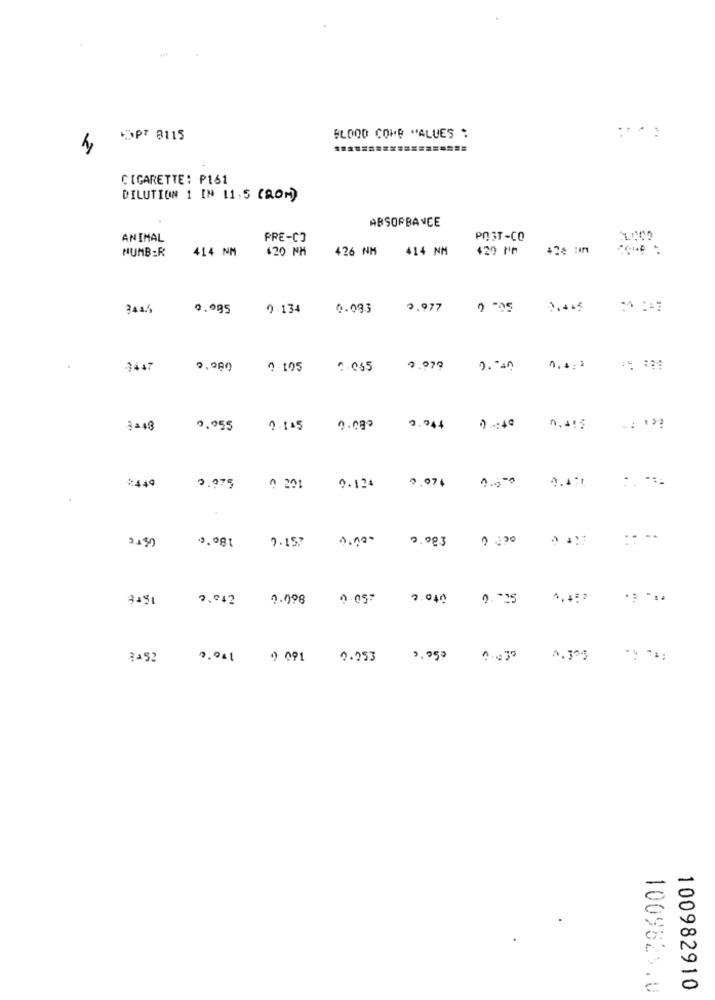
KOPF 8115
BLOOD COMP VALUES :
... :
======
CIGARETTE: P161
DILUTION 1 IN 11,5 (ROM)
ABSORBANCE
ANIMAL
PRE-CO
POST-CO
NUMBER
414 NM
$20 NM
426 NM
414 NM
420 In
0.995
2.134
0.093
2.977
0 05
2.445
3447
0 105
6.055
0.979
0. 10
₿=48
0,055
0.145
0.080
9.944
0.24℃
0.974
2449
0.975
0 201
0.124
USTE
180℃
0.000
2.og3
7.157
250.0
0.042 0.098
2.040 0.25
2452
7.41 0 091 0.953
3,999 0035 0.375
1009521.0
100982910